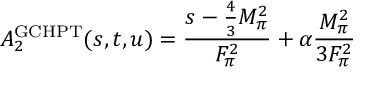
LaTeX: A _ { 2 } ^ { \mathrm { G C H P T } } ( s , t , u ) = \frac { s - \frac { 4 } { 3 } M _ { \pi } ^ { 2 } } { F _ { \pi } ^ { 2 } } + \alpha \frac { M _ { \pi } ^ { 2 } } { 3 F _ { \pi } ^ { 2 } }